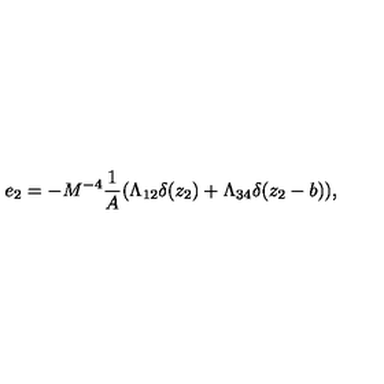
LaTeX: e _ { 2 } = - M ^ { - 4 } \frac { 1 } { A } ( \Lambda _ { 1 2 } \delta ( z _ { 2 } ) + \Lambda _ { 3 4 } \delta ( z _ { 2 } - b ) ) ,